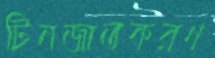
টিনজাতকরণ